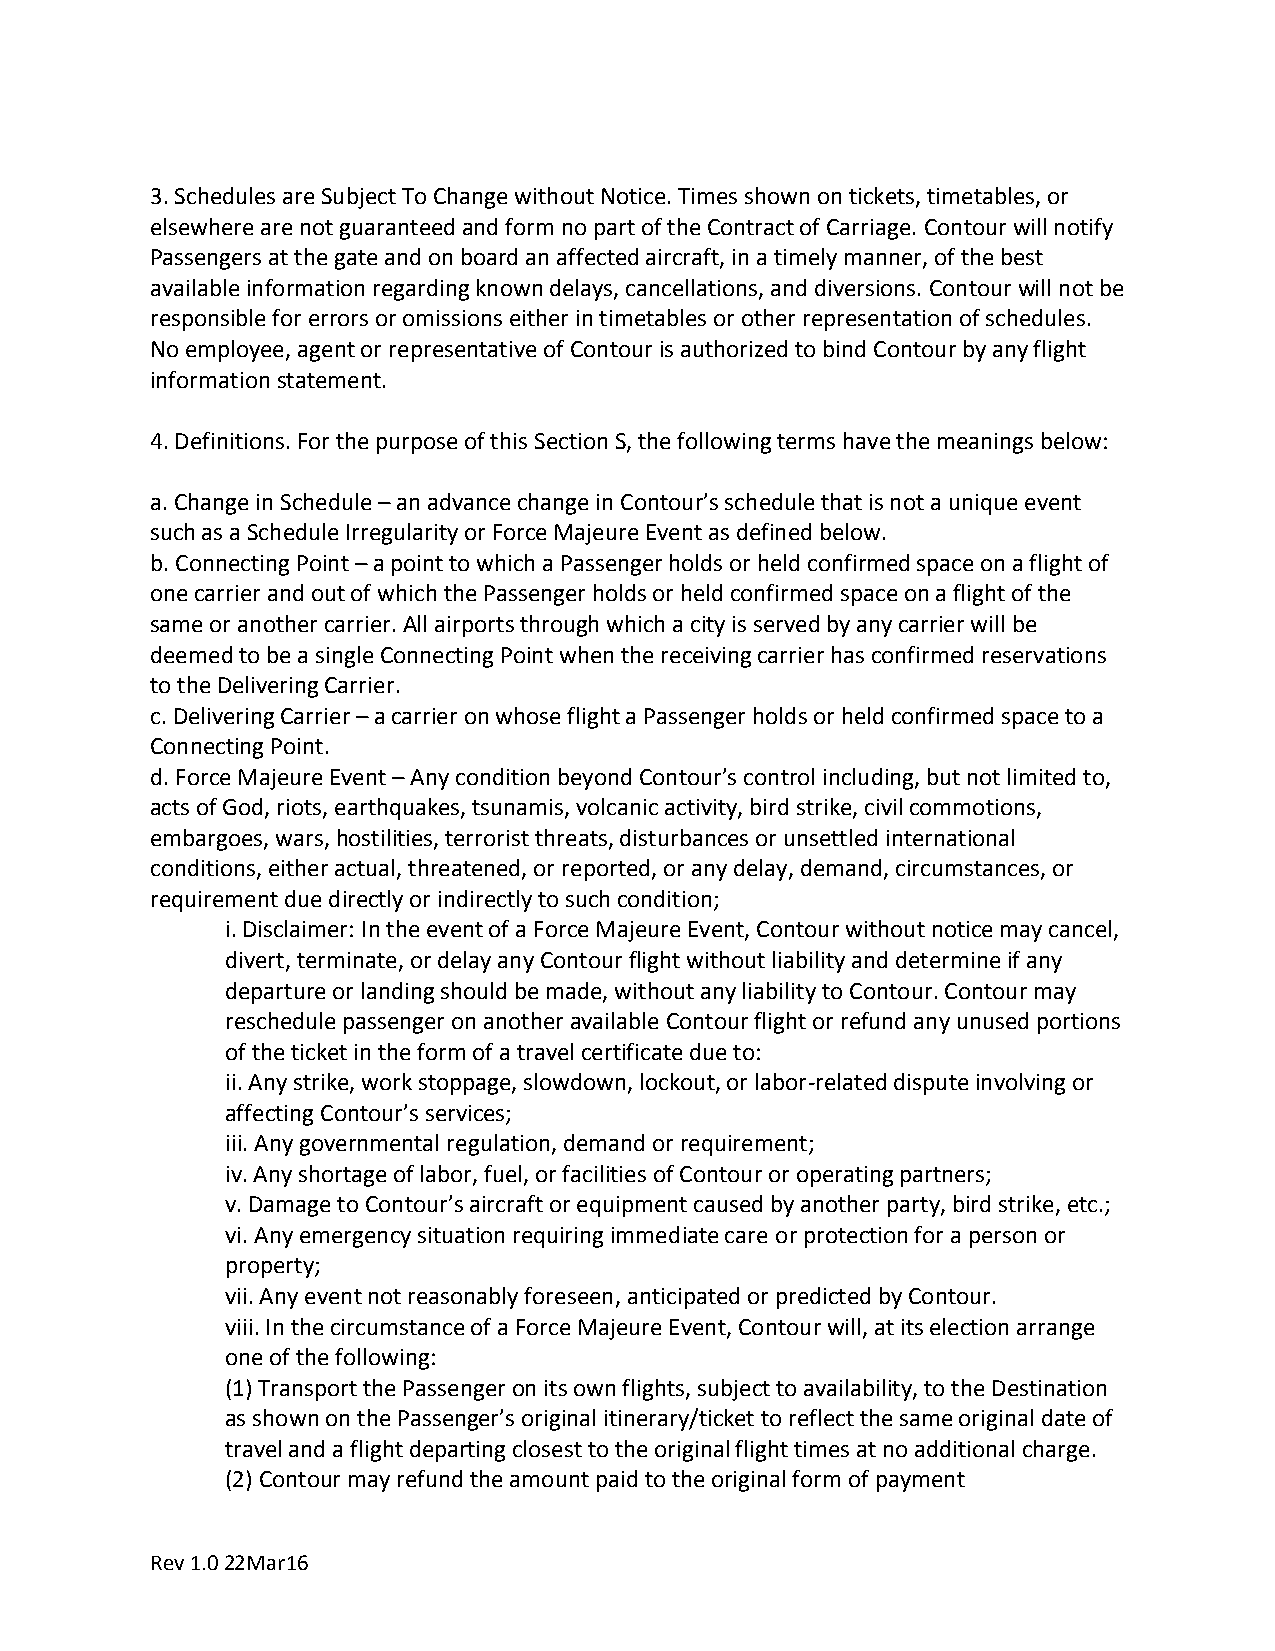
3. Schedules are Subject To Change without Notice. Times shown on tickets, timetables, or
 elsewhere are not guaranteed and form no part of the Contract of Carriage. Contour will notify
 Passengers at the gate and on board an affected aircraft, in a timely manner, of the best
 available information regarding known delays, cancellations, and diversions. Contour will not be
 responsible for errors or omissions either in timetables or other representation of schedules.
 No employee, agent or representative of Contour is authorized to bind Contour by any flight
 information statement.
 4. Definitions. For the purpose of this Section S, the following terms have the meanings below:
 a. Change in Schedule – an advance change in Contour’s schedule that is not a unique event
 such as a Schedule Irregularity or Force Majeure Event as defined below.
 b. Connecting Point – a point to which a Passenger holds or held confirmed space on a flight of
 one carrier and out of which the Passenger holds or held confirmed space on a flight of the
 same or another carrier. All airports through which a city is served by any carrier will be
 deemed to be a single Connecting Point when the receiving carrier has confirmed reservations
 to the Delivering Carrier.
 c. Delivering Carrier – a carrier on whose flight a Passenger holds or held confirmed space to a
 Connecting Point.
 d. Force Majeure Event – Any condition beyond Contour’s control including, but not limited to,
 acts of God, riots, earthquakes, tsunamis, volcanic activity, bird strike, civil commotions,
 embargoes, wars, hostilities, terrorist threats, disturbances or unsettled international
 conditions, either actual, threatened, or reported, or any delay, demand, circumstances, or
 requirement due directly or indirectly to such condition;
 i. Disclaimer: In the event of a Force Majeure Event, Contour without notice may cancel,
 divert, terminate, or delay any Contour flight without liability and determine if any
 departure or landing should be made, without any liability to Contour. Contour may
 reschedule passenger on another available Contour flight or refund any unused portions
 of the ticket in the form of a travel certificate due to:
 ii. Any strike, work stoppage, slowdown, lockout, or labor-related dispute involving or
 affecting Contour’s services;
 iii. Any governmental regulation, demand or requirement;
 iv. Any shortage of labor, fuel, or facilities of Contour or operating partners;
 v. Damage to Contour’s aircraft or equipment caused by another party, bird strike, etc.;
 vi. Any emergency situation requiring immediate care or protection for a person or
 property;
 vii. Any event not reasonably foreseen, anticipated or predicted by Contour.
 viii. In the circumstance of a Force Majeure Event, Contour will, at its election arrange
 one of the following:
 (1) Transport the Passenger on its own flights, subject to availability, to the Destination
 as shown on the Passenger’s original itinerary/ticket to reflect the same original date of
 travel and a flight departing closest to the original flight times at no additional charge.
 (2) Contour may refund the amount paid to the original form of payment
 Rev 1.0 22Mar16